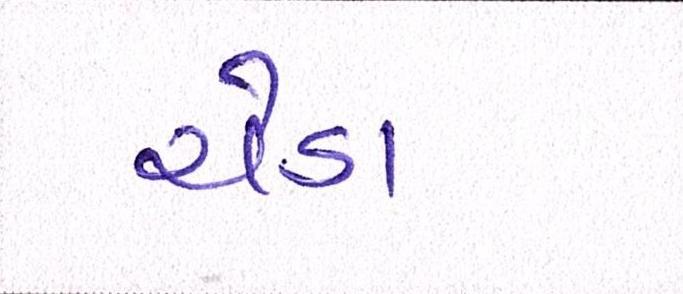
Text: ચેડા